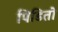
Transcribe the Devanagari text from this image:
पिडितो